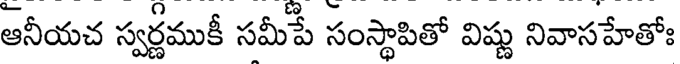
ఆనీయచ స్వర్ణముకీ సమీపే సంస్థాపితో విష్ణు నివాసహేతోః